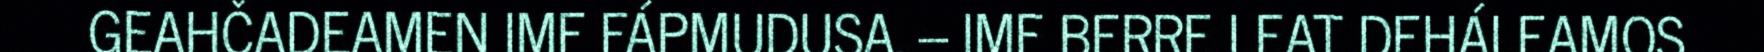
GEAHČADEAMEN IMF FÁPMUDUSA. – IMF BERRE LEAT DEHÁLEAMOS